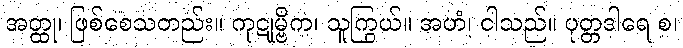
အတ္ထု၊ ဖြစ်စေသတည်း။ ကုဋုမ္ဗိက၊ သူကြွယ်။ အဟံ၊ ငါသည်။ ပုတ္တဒါရေ စ၊